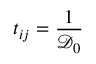
t _ { i j } = \frac { 1 } { \mathcal { D } _ { 0 } }